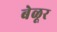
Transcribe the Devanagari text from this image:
बेळूर